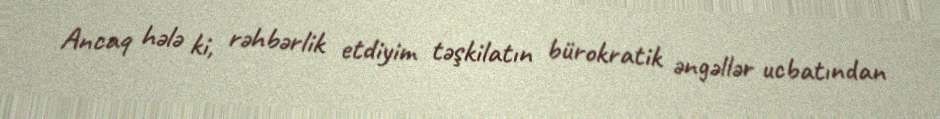
Ancaq hələ ki, rəhbərlik etdiyim təşkilatın bürokratik əngəllər ucbatından